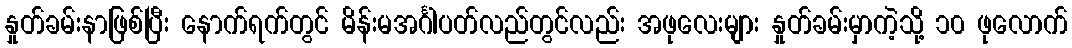
နှုတ်ခမ်းနာဖြစ်ပြီး နောက်ရက်တွင် မိန်းမအင်္ဂါပတ်လည်တွင်လည်း အဖုလေးများ နှုတ်ခမ်းမှာကဲ့သို့ ၁၀ ဖုလောက်